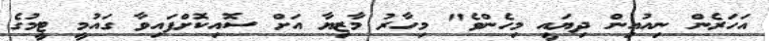
އަހަރެން ނިއުއިން ދިޔައީ މިހެންވެ" މިހާރު މާޒިޔާ އަށް ސޮއިކޮށްފައިވާ ގައުމީ ޓީމުގެ